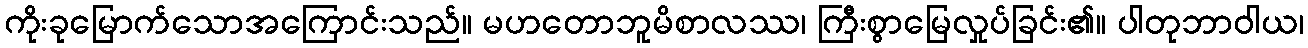
ကိုးခုမြောက်သောအကြောင်းသည်။ မဟတောဘူမိစာလဿ၊ ကြီးစွာမြေလှုပ်ခြင်း၏။ ပါတုဘာဝါယ၊